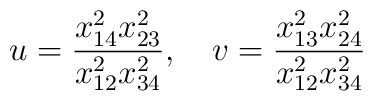
u = \frac{x_{14}^2 x_{23}^2}{x_{12}^2 x_{34}^2}, \quad v = \frac{x_{13}^2 x_{24}^2}{x_{12}^2 x_{34}^2}